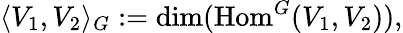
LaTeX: \langle V_{1},V_{2}\rangle_{G}:=\dim({\mathrm{Hom}}^{G}(V_{1},V_{2})),